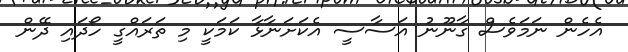
އެހެން ނަމަވެސް ގާނޫނު އަސާސީ އެކަށަނާޅާ ކަމަކީ މި ތަރައްގީ ހޯދައި ދޭން